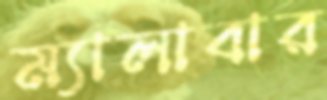
ম্যালাবার